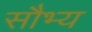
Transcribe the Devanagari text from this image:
सौभ्य